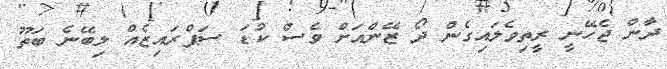
ދާން ޖެހޭނީ ރީތިވެލައިގެން ދޯ ޒޭންއަށް ވެސް ކުޑަ ސަޕްރައިޒެއް ލިބޭނެ ބަތޫ